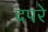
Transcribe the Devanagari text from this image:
दपरे